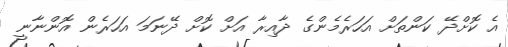
އެ ކޮށްދޭ ކަންތަށް އަހަރެމެންގެ ދާއިރާ އަށް ކޮށް ދޭނަމަ އަހަރެން އޮންނާނީ